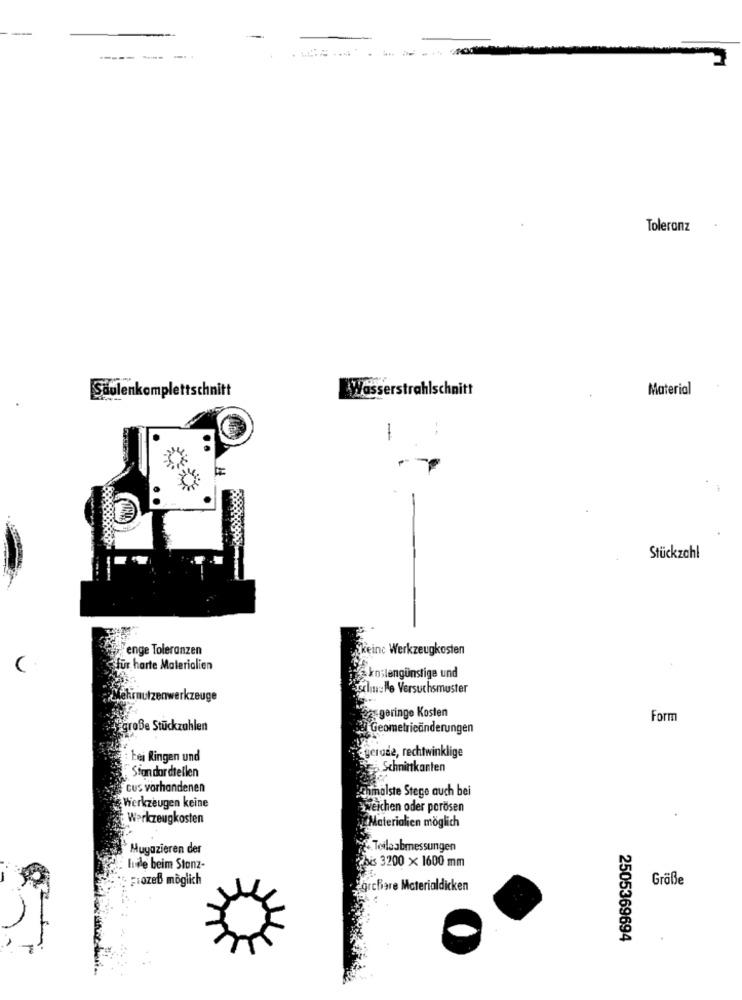
Toleranz
Wasserstrahlschnitt
Material
Säulenkomplettschnitt
-
Stückzahl
enge Toleranzen
keinc Werkzeugkosten
fur harte Materialien
Skostengünstige und
schu-Me Versuchsmuster
ekrnutzenwerkzeuge
22 geringe Kosten
Form
große Stückzahlen
2 Geometricänderungen
bei Ringen und
gerade, rechtwinklige
Schninkanten
Standardtellen
cus vorhandenen
Schmalste Stege auch bei
Werkzeugen keine
aweichen oder porösen
Werkzeugkosten
Materialien möglich
Muyazieren der
Teile abmessungen
ludle beim Stonz-
bis 3200 x 1600 mm
prozeß möglich
Größe
grcBare Materialdicken
2505369694